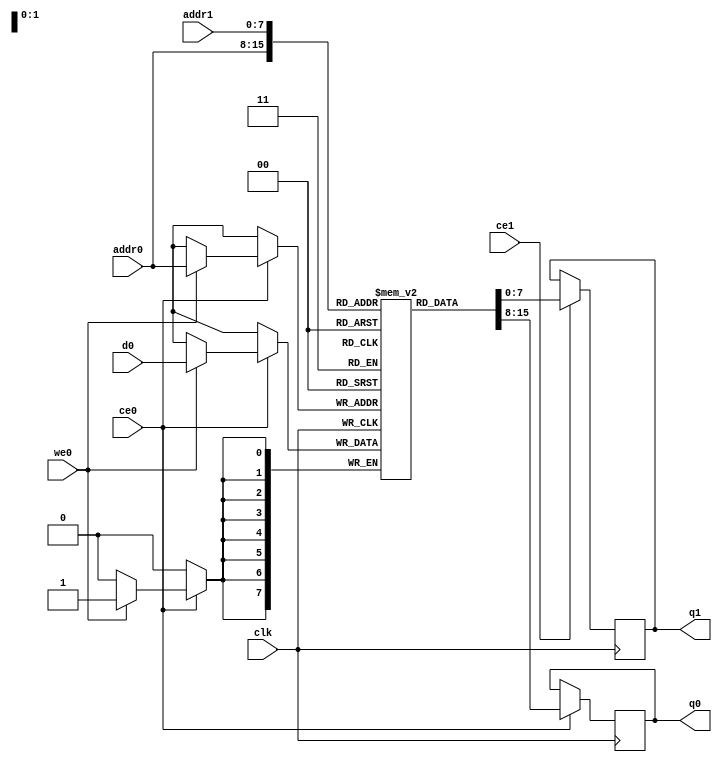
// ==============================================================
// Vitis HLS - High-Level Synthesis from C, C++ and OpenCL v2020.1 (64-bit)
// Copyright 1986-2020 Xilinx, Inc. All Rights Reserved.
// ==============================================================
`timescale 1 ns / 1 ps
module sha3_256_P_ram (addr0, ce0, d0, we0, q0, addr1, ce1, q1,  clk);

parameter DWIDTH = 8;
parameter AWIDTH = 8;
parameter MEM_SIZE = 136;

input[AWIDTH-1:0] addr0;
input ce0;
input[DWIDTH-1:0] d0;
input we0;
output reg[DWIDTH-1:0] q0;
input[AWIDTH-1:0] addr1;
input ce1;
output reg[DWIDTH-1:0] q1;
input clk;

(* ram_style = "block" *)reg [DWIDTH-1:0] ram[0:MEM_SIZE-1];




always @(posedge clk)  
begin 
    if (ce0) begin
        if (we0) 
            ram[addr0] <= d0; 
        q0 <= ram[addr0];
    end
end


always @(posedge clk)  
begin 
    if (ce1) begin
        q1 <= ram[addr1];
    end
end


endmodule

`timescale 1 ns / 1 ps
module sha3_256_P(
    reset,
    clk,
    address0,
    ce0,
    we0,
    d0,
    q0,
    address1,
    ce1,
    q1);

parameter DataWidth = 32'd8;
parameter AddressRange = 32'd136;
parameter AddressWidth = 32'd8;
input reset;
input clk;
input[AddressWidth - 1:0] address0;
input ce0;
input we0;
input[DataWidth - 1:0] d0;
output[DataWidth - 1:0] q0;
input[AddressWidth - 1:0] address1;
input ce1;
output[DataWidth - 1:0] q1;



sha3_256_P_ram sha3_256_P_ram_U(
    .clk( clk ),
    .addr0( address0 ),
    .ce0( ce0 ),
    .we0( we0 ),
    .d0( d0 ),
    .q0( q0 ),
    .addr1( address1 ),
    .ce1( ce1 ),
    .q1( q1 ));

endmodule